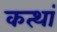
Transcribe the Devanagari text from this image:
कत्थां